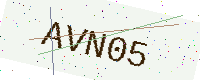
Text: AVN05